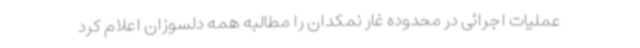
عملیات اجرائی در محدوده غار نمکدان را مطالبه همه دلسوزان اعلام کرد